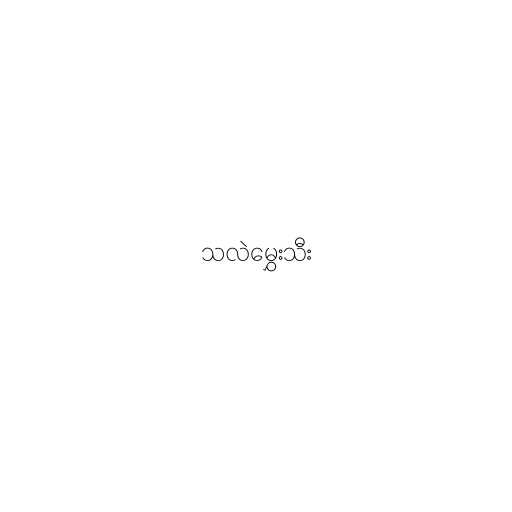
သလဲမွှေးသီး